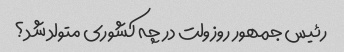
رئیس جمهور روزولت در چه کشوری متولد شد؟